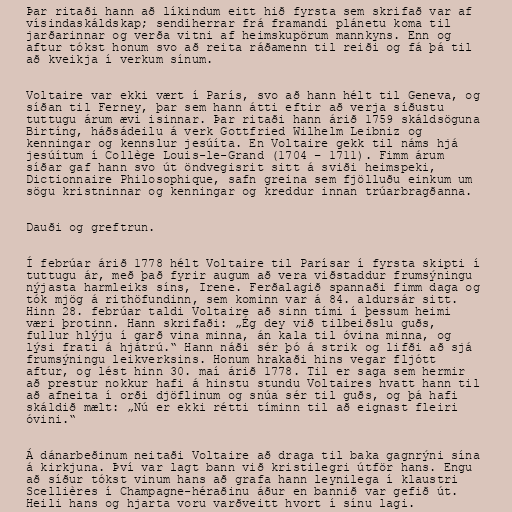
Þar ritaði hann að líkindum eitt hið fyrsta sem skrifað var af
vísindaskáldskap; sendiherrar frá framandi plánetu koma til
jarðarinnar og verða vitni af heimskupörum mannkyns. Enn og
aftur tókst honum svo að reita ráðamenn til reiði og fá þá til
að kveikja í verkum sínum.

Voltaire var ekki vært í París, svo að hann hélt til Geneva, og
síðan til Ferney, þar sem hann átti eftir að verja síðustu
tuttugu árum ævi isinnar. Þar ritaði hann árið 1759 skáldsöguna
Birtíng, háðsádeilu á verk Gottfried Wilhelm Leibniz og
kenningar og kennslur jesúíta. En Voltaire gekk til náms hjá
jesúítum í Collège Louis-le-Grand (1704 – 1711). Fimm árum
síðar gaf hann svo út öndvegisrit sitt á sviði heimspeki,
Dictionnaire Philosophique, safn greina sem fjölluðu einkum um
sögu kristninnar og kenningar og kreddur innan trúarbragðanna.

Dauði og greftrun.

Í febrúar árið 1778 hélt Voltaire til Parísar í fyrsta skipti í
tuttugu ár, með það fyrir augum að vera viðstaddur frumsýningu
nýjasta harmleiks síns, Irene. Ferðalagið spannaði fimm daga og
tók mjög á rithöfundinn, sem kominn var á 84. aldursár sitt.
Hinn 28. febrúar taldi Voltaire að sinn tími í þessum heimi
væri þrotinn. Hann skrifaði: „Ég dey við tilbeiðslu guðs,
fullur hlýju í garð vina minna, án kala til óvina minna, og
lýsi frati á hjátrú.“ Hann náði sér þó á strik og lifði að sjá
frumsýningu leikverksins. Honum hrakaði hins vegar fljótt
aftur, og lést hinn 30. maí árið 1778. Til er saga sem hermir
að prestur nokkur hafi á hinstu stundu Voltaires hvatt hann til
að afneita í orði djöflinum og snúa sér til guðs, og þá hafi
skáldið mælt: „Nú er ekki rétti tíminn til að eignast fleiri
óvini.“

Á dánarbeðinum neitaði Voltaire að draga til baka gagnrýni sína
á kirkjuna. Því var lagt bann við kristilegri útför hans. Engu
að síður tókst vinum hans að grafa hann leynilega í klaustri
Scellières í Champagne-héraðinu áður en bannið var gefið út.
Heili hans og hjarta voru varðveitt hvort í sínu lagi.